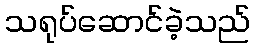
သရုပ်ဆောင်ခဲ့သည်